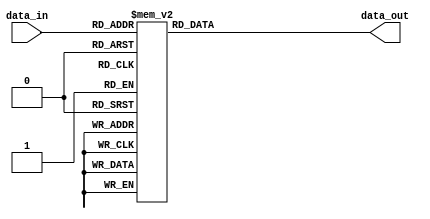
module transcodor (
						input [3:0] data_in,
						output reg [6:0] data_out
						);
						
						always@(*)
								case(data_in)
										
										8'h0 : data_out =7'b1000000; 
									   8'h1 : data_out = 7'b1111001;  
										8'h2:  data_out = 7'b0100100;   //2
										8'h3:  data_out = 7'b0110000;
    									8'h4:  data_out = 7'b0011001;
									   8'h5:  data_out = 7'b0010010;
									   8'h6:  data_out = 7'b0000010;
										8'h7:  data_out = 7'b1111000;
										8'h8:  data_out = 7'b0000000;
										8'h9:  data_out = 7'b0010000;
										8'hA: data_out = 7'b0001000;
										8'hB: data_out = 7'b0000011;	//B
										8'hC: data_out = 7'b1000110;
										8'hD: data_out = 7'b0100001;
										8'hE: data_out = 7'b0000110;
										8'hF: data_out = 7'b0001110;
										default : data_out = 7'b1111111;
													 
										endcase
										
endmodule